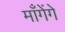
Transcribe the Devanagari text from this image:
माँगेंगे